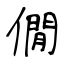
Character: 僩